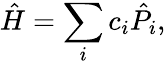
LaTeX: \hat{H}=\sum_{i}c_{i}\hat{P}_{i},